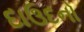
દાઉદનો